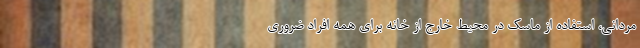
مردانی، استفاده از ماسک در محیط خارج از خانه برای همه افراد ضروری